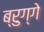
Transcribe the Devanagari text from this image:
ब्रुग्गे